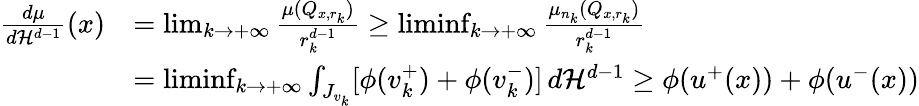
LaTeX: \begin{array}{rl}{\frac{d\mu}{d{\mathcal{H}}^{d-1}}(x)}&{=\operatorname*{lim}_{k\to+\infty}\frac{\mu(Q_{x,r_{k}})}{r_{k}^{d-1}}\ge\operatorname*{liminf}_{k\to+\infty}\frac{\mu_{n_{k}}(Q_{x,r_{k}})}{r_{k}^{d-1}}}\\ &{=\operatorname*{liminf}_{k\to+\infty}\int_{J_{v_{k}}}[\phi(v_{k}^{+})+\phi(v_{k}^{-})]\, d{\mathcal{H}}^{d-1}\ge\phi(u^{+}(x))+\phi(u^{-}(x))}\end{array}